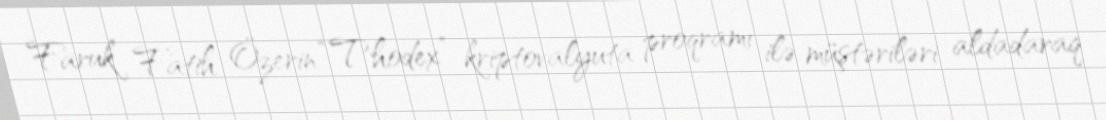
Faruk Fatih Özerin “Thodex” kriptovalyuta proqramı ilə müştəriləri aldadaraq